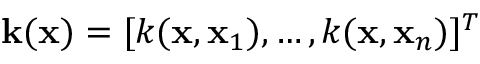
\mathbf { k } ( \mathbf { x } ) = [ k ( \mathbf { x } , \mathbf { x } _ { 1 } ) , \dots , k ( \mathbf { x } , \mathbf { x } _ { n } ) ] ^ { T }